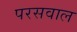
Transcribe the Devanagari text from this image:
परसवाल